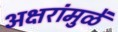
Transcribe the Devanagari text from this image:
अक्षरांमुळें